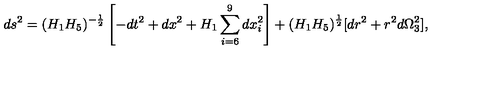
d s ^ { 2 } = ( H _ { 1 } H _ { 5 } ) ^ { - \frac { 1 } { 2 } } \left[ - d t ^ { 2 } + d x ^ { 2 } + H _ { 1 } \sum _ { i = 6 } ^ { 9 } d x _ { i } ^ { 2 } \right] + ( H _ { 1 } H _ { 5 } ) ^ { \frac { 1 } { 2 } } [ d r ^ { 2 } + r ^ { 2 } d \Omega _ { 3 } ^ { 2 } ] ,